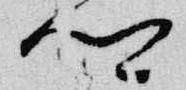
卿